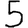
Digit: 5